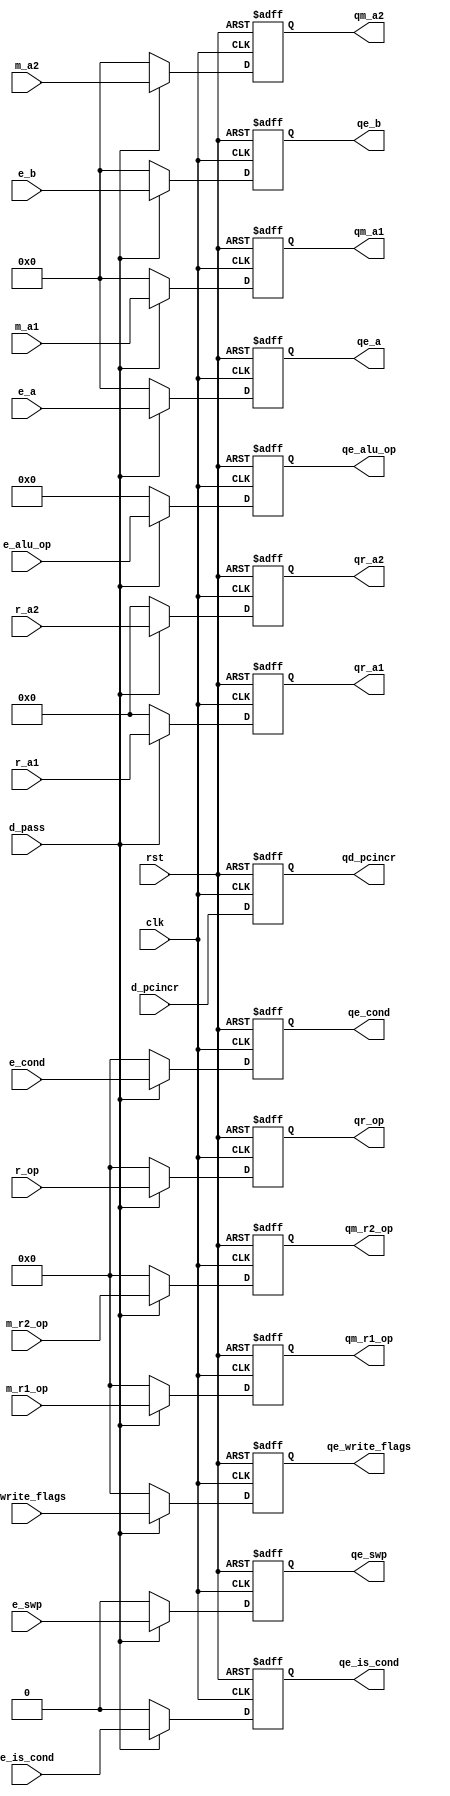
`timescale 1 ns / 100 ps

module pipeline_interface(
    qe_a, qe_b, qe_alu_op, qe_is_cond, qe_cond, qe_write_flags, qe_swp, qm_a1, qm_a2, qm_r1_op, qm_r2_op, qr_a1, qr_a2, qr_op, qd_pcincr,
    e_a, e_b, e_alu_op, e_is_cond, e_cond, e_write_flags, e_swp, m_a1, m_a2, m_r1_op, m_r2_op, r_a1, r_a2, r_op, d_pass, d_pcincr, clk, rst);
    input [31:0] e_a, e_b;
    input [7:0] e_alu_op;
    input [3:0] e_cond;
    input [3:0] e_write_flags;
    input e_swp;
    input e_is_cond;

    input [31:0] m_a1, m_a2;
    input [3:0] m_r1_op, m_r2_op;

    input [4:0] r_a1, r_a2;
    input [3:0] r_op;

    input d_pass;
    input d_pcincr;

    input clk, rst;

    output reg [31:0] qe_a, qe_b;
    output reg [7:0] qe_alu_op;
    output reg [3:0] qe_cond;
    output reg [3:0] qe_write_flags;
    output reg qe_swp;
    output reg qe_is_cond;

    output reg [31:0] qm_a1, qm_a2;
    output reg [3:0] qm_r1_op, qm_r2_op;

    output reg [4:0] qr_a1, qr_a2;
    output reg [3:0] qr_op;

    output reg qd_pcincr;

    reg test;

    initial begin
        test <= 1'b0;
    end
    always @(posedge clk or posedge rst) begin
        if(rst) begin
            qe_a = 31'b0; qe_b = 31'b0;
            qe_alu_op = 8'b0; //NOP
            qe_cond = 4'b0;
            qe_write_flags = 4'b0;
            qe_swp = 1'b0; qe_is_cond = 1'b0;

            qm_a1 = 31'b0; qm_a2 = 31'b0;
            qm_r1_op = 4'b0; qm_r2_op = 4'b0; //clean NOP

            qr_a1 = 5'b0; qr_a2 = 5'b0;
            qr_op = 4'b0; //NOP;
            test = ~test;
            qd_pcincr = 1'b1;
        end
        else begin
            `ifdef INTERFACE_STAGE_NO_DELAY
                #3;
            `endif
            if(!d_pass) begin // insert clean NOP
                qe_a = 31'b0; qe_b = 31'b0;
                qe_alu_op = 8'b0; //NOP
                qe_cond = 4'b0;
                qe_write_flags = 4'b0;
                qe_swp = 1'b0; qe_is_cond = 1'b0;

                qm_a1 = 31'b0; qm_a2 = 31'b0;
                qm_r1_op = 4'b0; qm_r2_op = 4'b0; //clean NOP

                qr_a1 = 5'b0; qr_a2 = 5'b0;
                qr_op = 4'b0; //NOP;
                test <= ~test;
            end
            else begin //pass args & signals down to the pipeline
                qe_a = e_a; qe_b = e_b;
                qe_alu_op = e_alu_op;
                qe_cond = e_cond;
                qe_write_flags = e_write_flags;
                qe_swp = e_swp; qe_is_cond = e_is_cond;

                qm_a1 = m_a1; qm_a2 = m_a2;
                qm_r1_op = m_r1_op; qm_r2_op = m_r2_op;

                qr_a1 = r_a1; qr_a2 = r_a2;
                qr_op = r_op;
            end
            qd_pcincr = d_pcincr;
        end
    end
endmodule